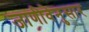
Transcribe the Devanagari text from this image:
जाणीवेनुसार